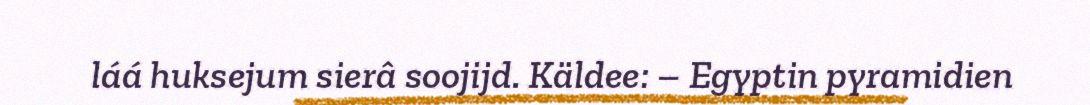
láá huksejum sierâ soojijd. Käldee: – Egyptin pyramidien